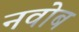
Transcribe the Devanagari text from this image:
नवोब